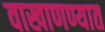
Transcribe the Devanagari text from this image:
वाखाणण्यात